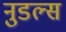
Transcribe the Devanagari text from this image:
नुडल्स